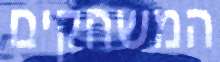
המשחקים